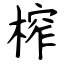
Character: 榨